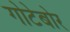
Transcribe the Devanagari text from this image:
गोटेबोर